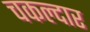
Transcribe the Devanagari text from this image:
चकल्दार